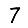
Digit: 7